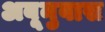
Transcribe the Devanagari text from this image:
अबूनुवास